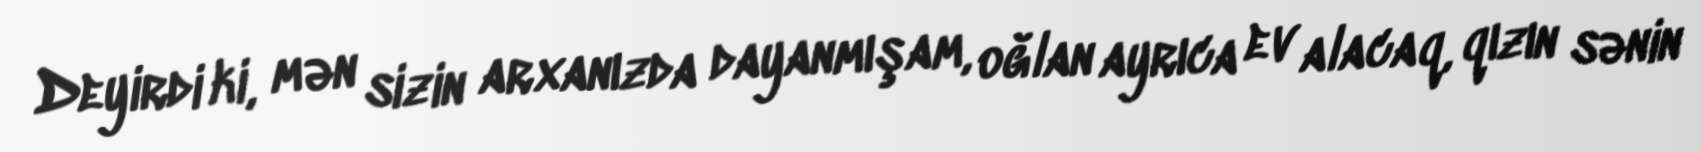
Deyirdi ki, mən sizin arxanızda dayanmışam, oğlan ayrıca ev alacaq, qızın sənin